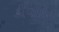
ડીવાઇટ